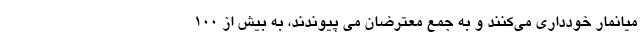
میانمار خودداری می‌کنند و به جمع معترضان می پیوندند، به بیش از ۱۰۰